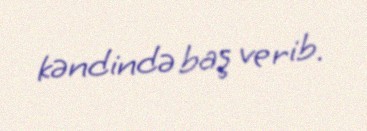
kəndində baş verib.